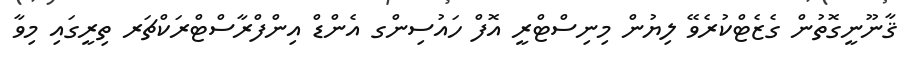
ޤާނޫނީގޮތުން ގެޒެޓްކުރެވޭ ލިޔުން މިނިސްޓްރީ އޮފް ހައުސިންގ އެންޑް އިންފްރާސްޓްރަކްޗަރ ތިރީގައި މިވާ